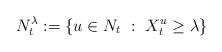
LaTeX: \begin{align*}N_t^{\lambda} := \{ u \in N_t \ : \ X^u_t \geq \lambda\}\end{align*}